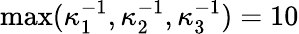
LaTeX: \operatorname*{max}(\kappa_{1}^{-1},\kappa_{2}^{-1},\kappa_{3}^{-1})=10